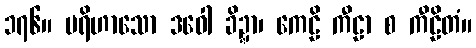
၁၇၆။ ပရိဟာသော ဒဝေါ ခိဍ္ဍာ၊ ကေဠိ ကီဠာ စ ကီဠိတံ။